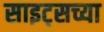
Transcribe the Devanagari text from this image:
साइट्‌सच्या